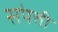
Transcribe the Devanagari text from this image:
स॓पत्ती